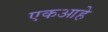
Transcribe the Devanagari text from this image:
एकआहे